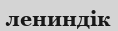
лениндік